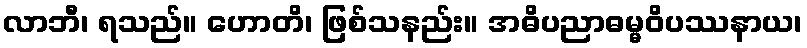
လာဘီ၊ ရသည်။ ဟောတိ၊ ဖြစ်သနည်း။ အဓိပညာဓမ္မဝိပဿနာယ၊